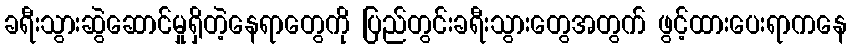
ခရီးသွားဆွဲဆောင်မှုရှိတဲ့နေရာတွေကို ပြည်တွင်းခရီးသွားတွေအတွက် ဖွင့်ထားပေးရာကနေ